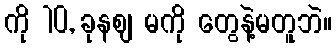
ကို 10, ခုနစျ မကို တွေနဲ့မတူဘဲ။